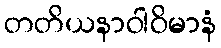
တတိယနာဝါဝိမာနံ